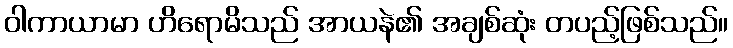
ဝါကာယာမာ ဟိရောမိသည် အာယနဲ၏ အချစ်ဆုံး တပည့်ဖြစ်သည်။